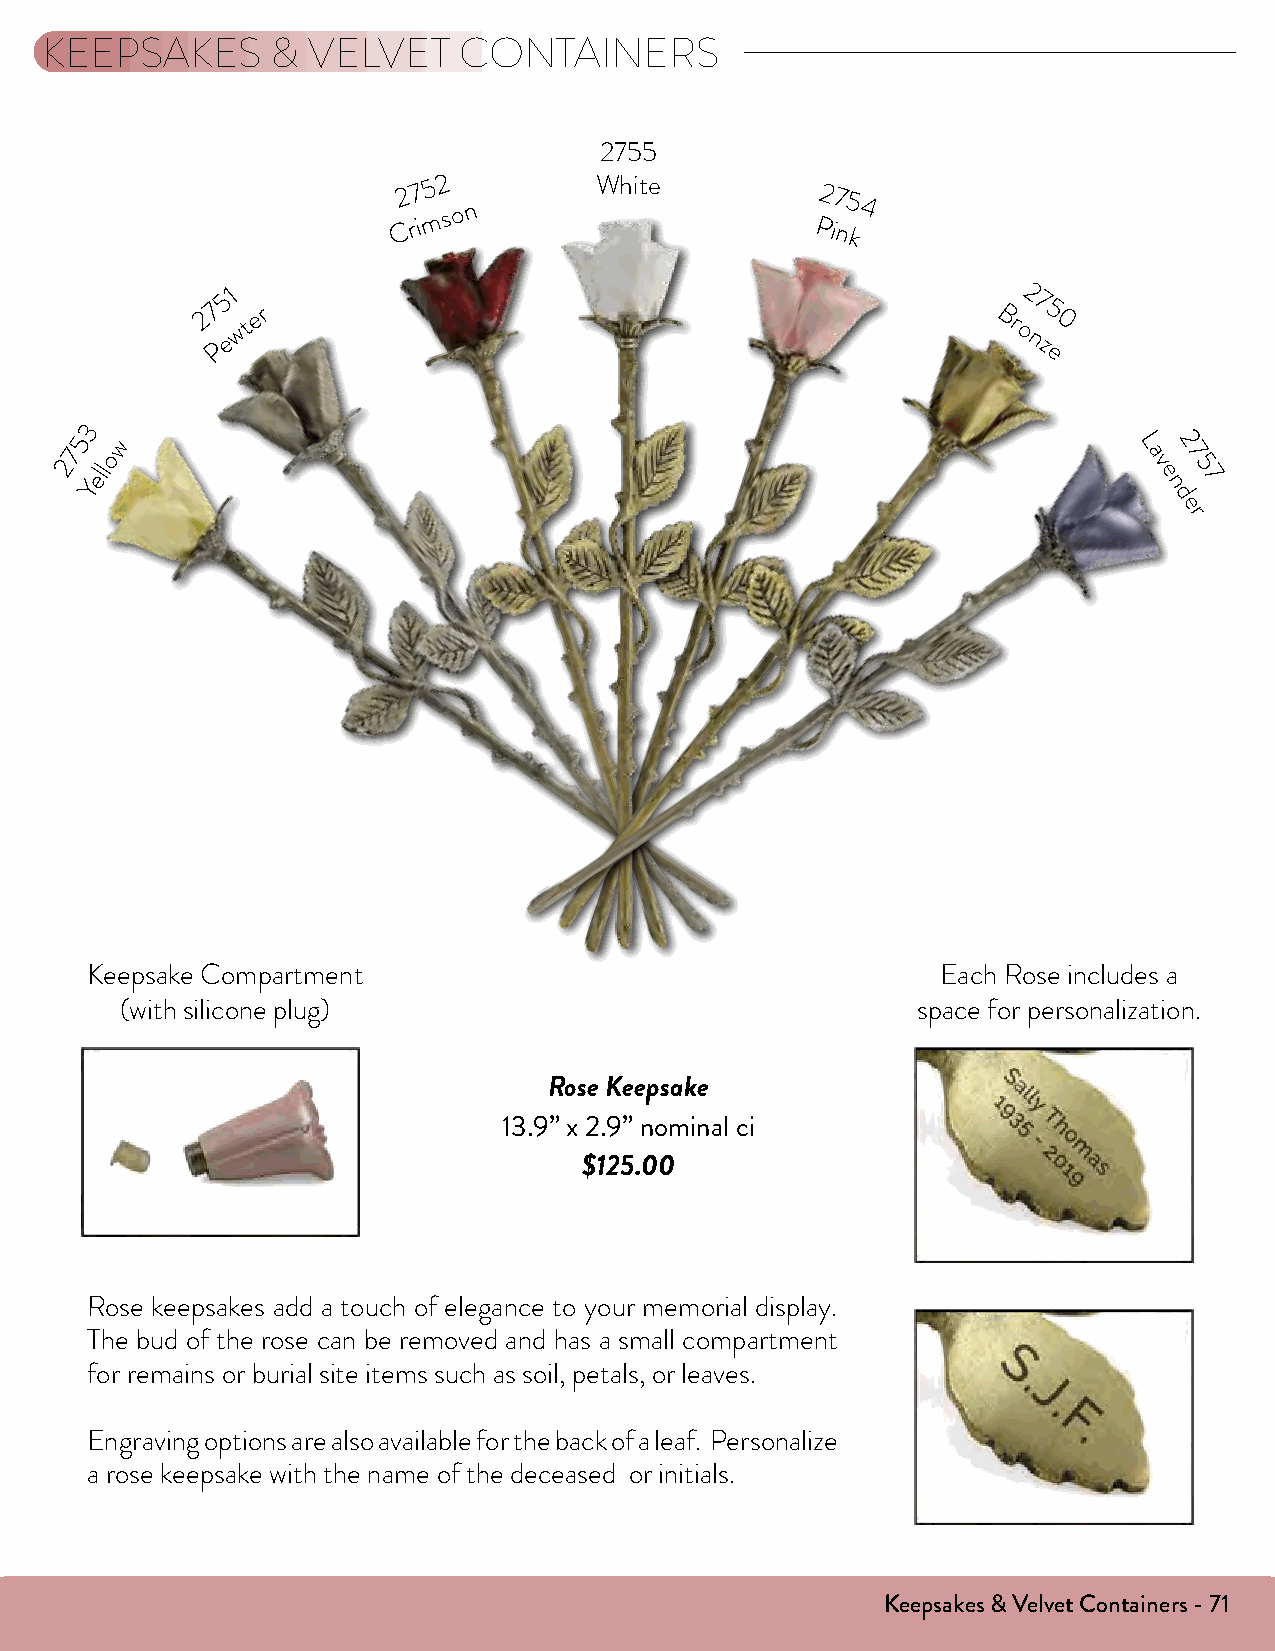
KEEPSAKES      & VELVET    CONTAINERS
 2755
 2 7 m5 2
 s o n
 White          2754
 C ri                        Pink
 2751
 wter
 Br
 o2
 7
 5
 0
 Pe                                                    nz
 e
 3
 5  w                                                                  L  2
 7  o                                                                   a  7
 2 Yell                                                                  v
 e
 n5
 7
 d
 e
 r
 Keepsake Compartment                                    Each Rose includes a
 (with silicone plug)                                 space for personalization.
 Rose Keepsake
 13.9” x 2.9” nominal ci
 $125.00
 Rose keepsakes add a touch of elegance to your memorial display.
 The bud of the rose can be removed and has a small compartment
 for remains or burial site items such as soil, petals, or leaves.
 Engraving options are also available for the back of a leaf. Personalize
 a rose keepsake with the name of the deceased or initials.
 Keepsakes & Velvet Containers - 71